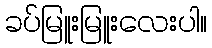
ခပ်မြူးမြူးလေးပါ။